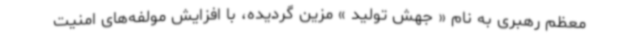
معظم رهبری به نام « جهش تولید » مزین گردیده، با افزایش مولفه‌های امنیت